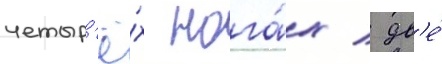
четыр'ё́х нога́х / дв'е́